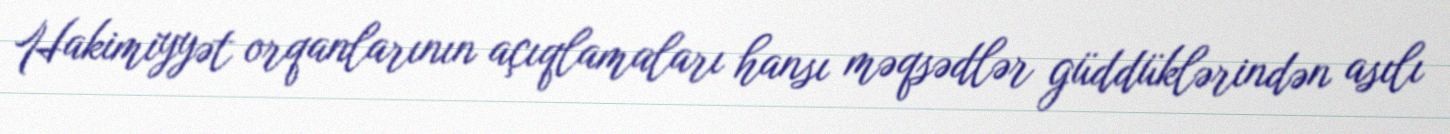
Hakimiyyət orqanlarının açıqlamaları hansı məqsədlər güddüklərindən asılı